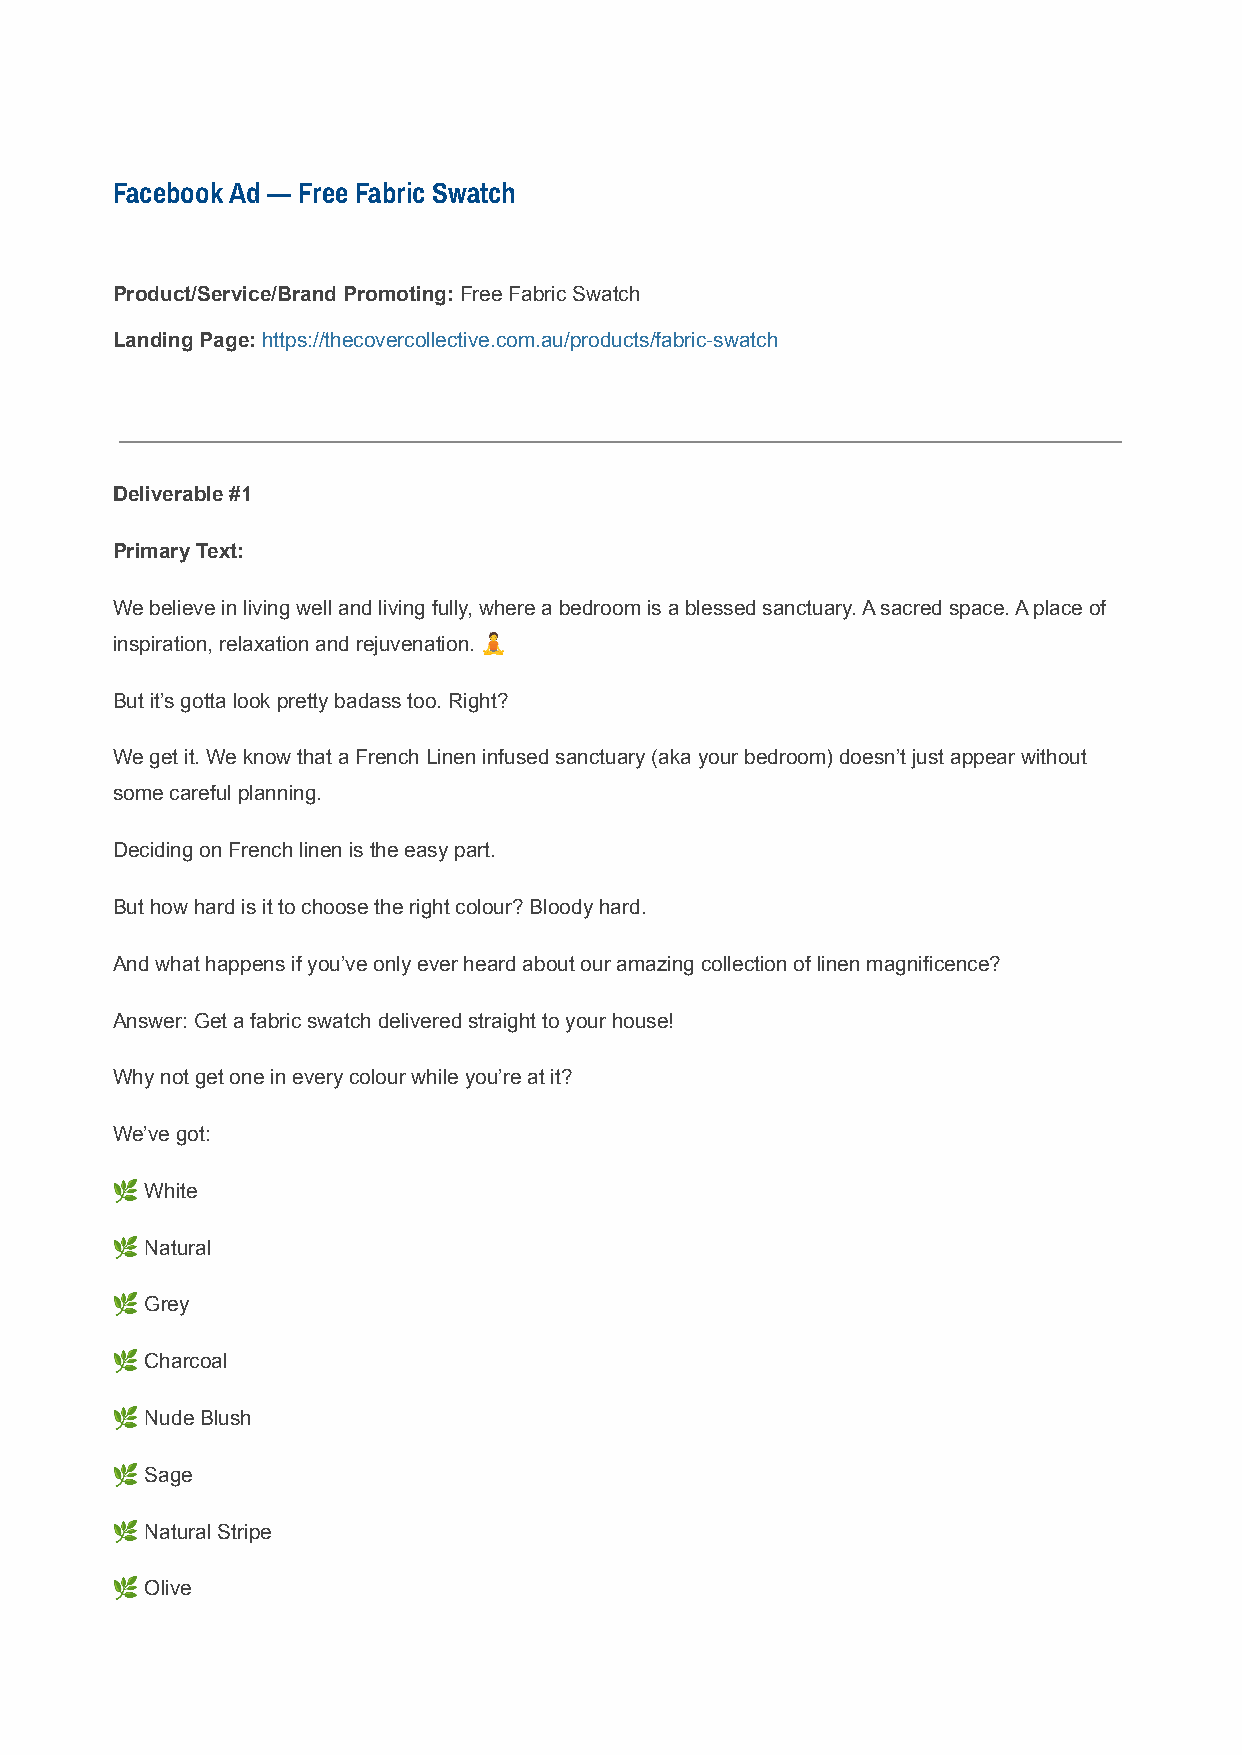
Facebook Ad — Free Fabric Swatch
 Product/Service/Brand Promoting:Free Fabric Swatch
 Landing Page:https://thecovercollective.com.au/products/fabric-swatch
 Deliverable #1
 Primary Text:
 We believe in living well and living fully, where a bedroom is a blessed sanctuary. A sacred space. A place of
 inspiration, relaxation and rejuvenation. 🧘
 But it’s gotta look pretty badass too. Right?
 We get it. We know that a French Linen infused sanctuary (aka your bedroom) doesn’t just appear without
 some careful planning.
 Deciding on French linen is the easy part.
 But how hard is it to choose the right colour? Bloody hard.
 And what happens if you’ve only ever heard about our amazing collection of linen magnificence?
 Answer: Get a fabric swatch delivered straight to your house!
 Why not get one in every colour while you’re at it?
 We’ve got:
 🌿  White
 🌿  Natural
 🌿  Grey
 🌿  Charcoal
 🌿  Nude Blush
 🌿  Sage
 🌿  Natural Stripe
 🌿  Olive